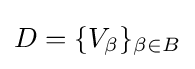
D=\{V_{\beta }\}_{\beta \in B}